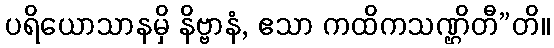
ပရိယောသာနမှိ နိဗ္ဗာနံ, ဧသာ ကထိကသဏ္ဌိတီ”တိ။